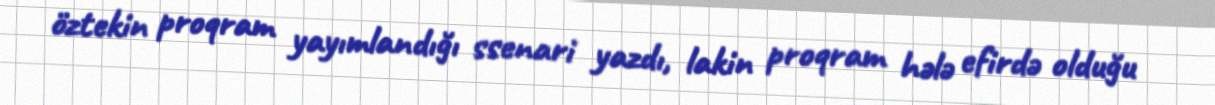
öztekin proqram yayımlandığı ssenari yazdı, lakin proqram hələ efirdə olduğu